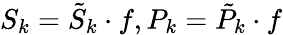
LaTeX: S_{k}=\tilde{S}_{k}\cdot f,P_{k}=\tilde{P}_{k}\cdot f